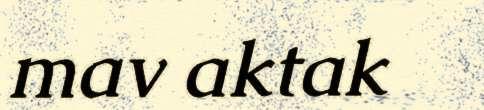
mav aktak